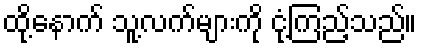
ထို့နောက် သူ့လက်များကို ငုံ့ကြည့်သည်။